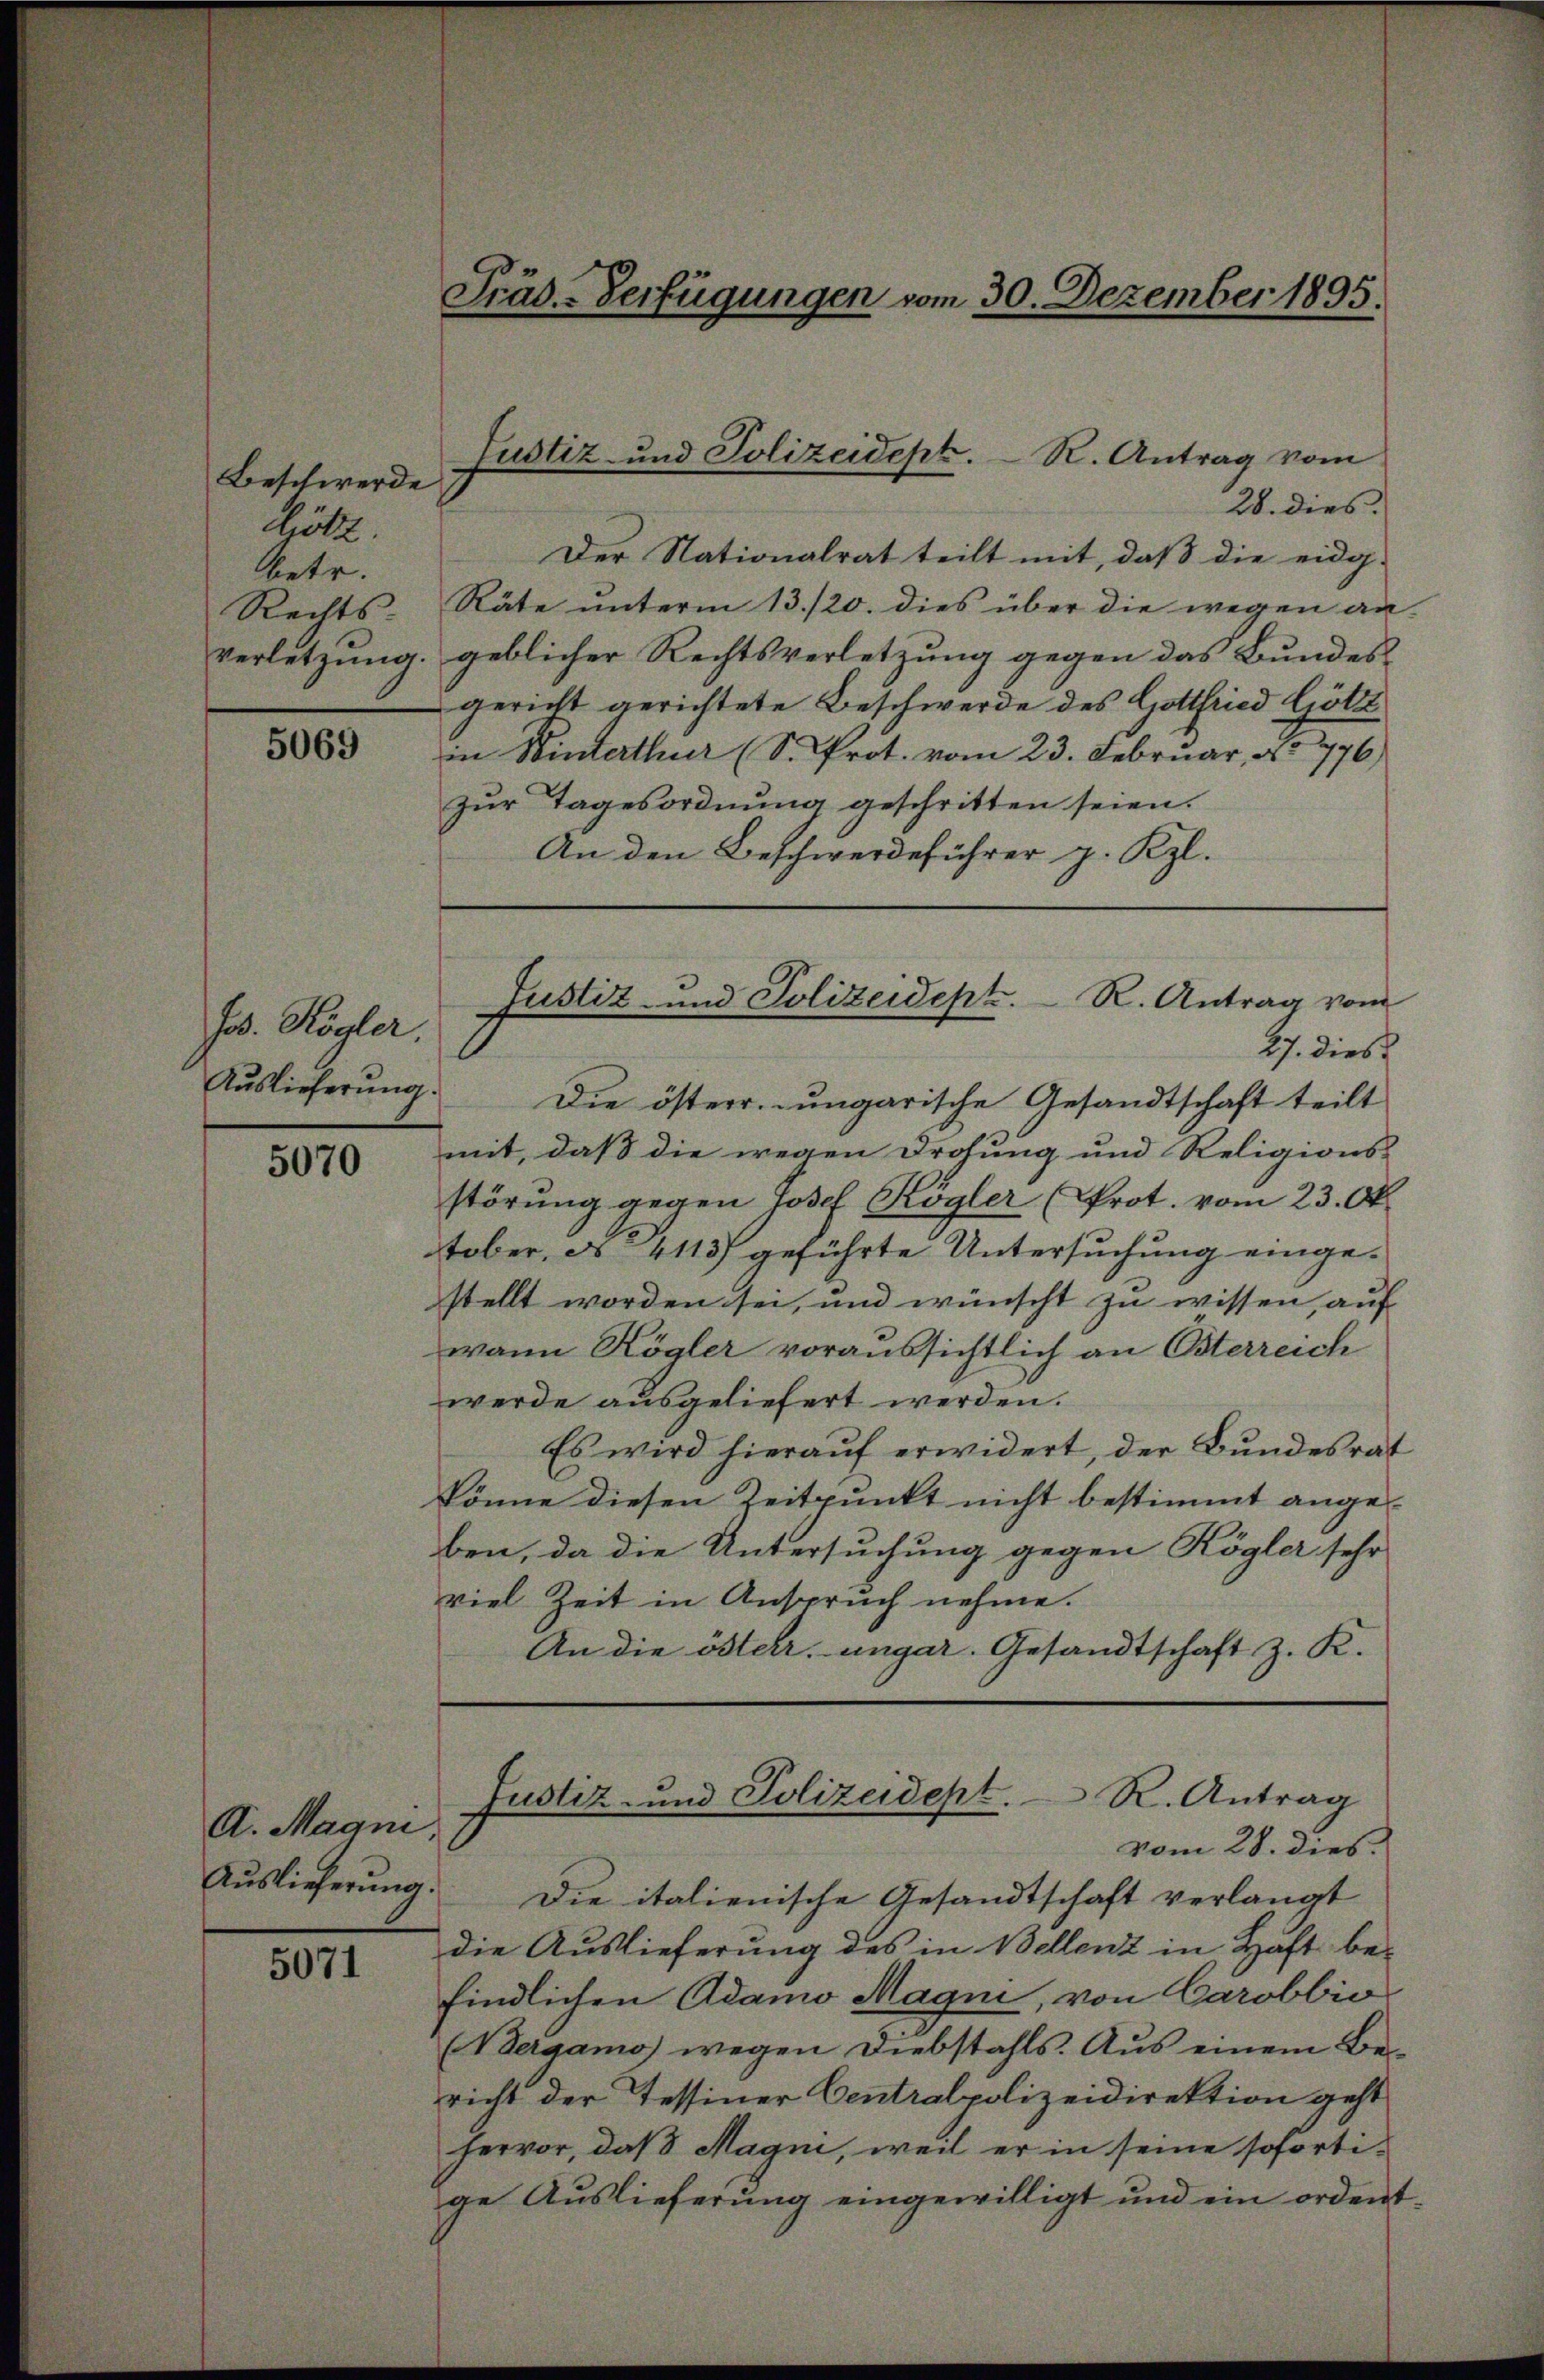
Beschwerde
Kötz.
betr.
Rechts-
verletzung.

5069

Jos. Kögler.

5070

A. Magni
Auslieferung.

5071

Präs.-Verfügungen vom 30. Dezember 1895.

Justiz- und Polizeidept. R. Antrag vom

Justiz- und Polizeidept. R. Antrag vom

28. dies
Der Nationalrat teilt mit, daß die eidg-
Räte unterm 13./20. dies über die wegen an-
geblicher Rechtsverletzung gegen das Bundes
gericht gerichtete Beschwerde des Gottfried Götz
in Winterthur (S. Prot. vom 23. Februar, No 776)
zur Tagesordnung geschritten seien.
An den Beschwerdeführer p. Kzl.
27. dies
Aŭslieferŭng. Die österr. ungarische Gesandtschaft teilt
mit, daß die wegen Drohung und Religions-
störung gegen Josef Kögler (Prot. vom 23. Ok
tober, Ns 4113) geführte Untersuchung einge-
stellt worden sei, und wünscht zu wissen, auf
wann Kögler voraussichtlich an Osterreich
werde ausgeliefert werden.
Es wird hierauf erwidert, der Bundesrat
könne diesen Zeitpunkt nicht bestimmt angeben, da die Untersuchung gegen Kögler sehr
viel Zeit in Anspruch nehme.
An die österr. ungar. Gesandtschaft z. K.

Die italienische Gesandtschaft verlangt
die Auslieferung des in Bellenz in Haft befindlichen Adamo Magni, von Carobbio
(Vergamo) wegen Diebstahls. Aus einem Bericht der Tessiner Centralpolizeidirektion geht
hervor, daß Magni, weil er in seine soforti-
ge Auslieferung eingewilligt und ein ordent¬

Justiz- und Polizeidept. R. Antrag
vom 28. dies